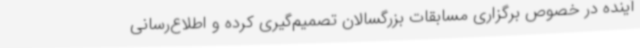
آینده در خصوص برگزاری مسابقات بزرگسالان تصمیم‌گیری کرده و اطلاع‌رسانی